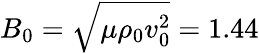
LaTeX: B_{0}=\sqrt{\mu\rho_{0}v_{0}^{2}}=1.44